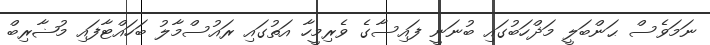
ނަމަވެސް ޙަންބަލީ މަޛްހަބުގައި ބުނަނީ ފައިސާގެ ވެރިމީހާ އަތުގައި ރައުސްމާލު ބަހައްޓާފައި މުޟާރިބް